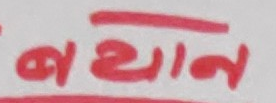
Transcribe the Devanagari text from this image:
बधान